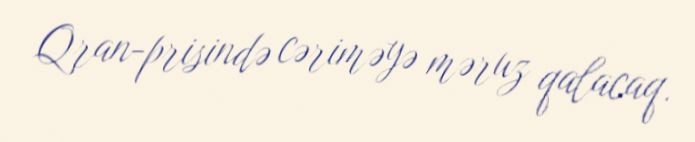
Qran-prisində cəriməyə məruz qalacaq.